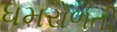
ધમરોળતી